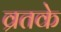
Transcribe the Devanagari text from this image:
व्रतके